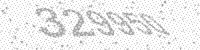
Solution: 329950